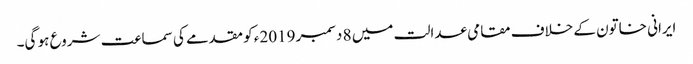
ایرانی خاتون کے خلاف مقامی عدالت میں 8 دسمبر 2019ء کو مقدمے کی سماعت شروع ہو گی۔